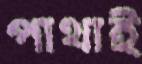
পাথাই